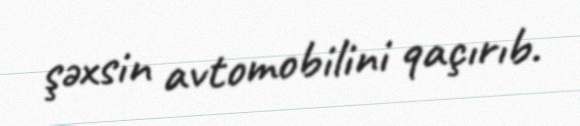
şəxsin avtomobilini qaçırıb.